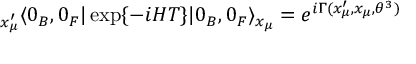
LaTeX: { } _ { x _ { \mu } ^ { \prime } } \langle 0 _ { B } , 0 _ { F } | \exp \{ - i H T \} | 0 _ { B } , 0 _ { F } \rangle _ { x _ { \mu } } = e ^ { i \Gamma ( x _ { \mu } ^ { \prime } , x _ { \mu } , \theta ^ { 3 } ) }